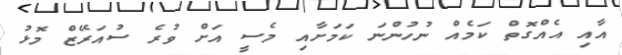
އާއި އެއްގޮތް ކަމެއް ނުހުންނަ ކަމަށާއި މެސީ އަށް ވުރެ ސުއަރޭޒް މޮޅު